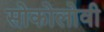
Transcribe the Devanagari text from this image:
सोकोलोवी